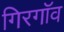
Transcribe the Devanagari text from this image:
गिरगॉव